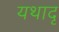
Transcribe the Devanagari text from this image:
यथादृ